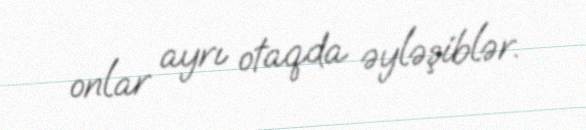
onlar ayrı otaqda əyləşiblər.